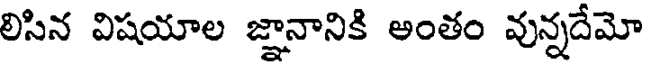
లిసిన విషయాల జ్ఞానానికి అంతం వున్నదేమో